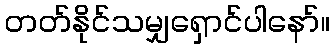
တတ်နိုင်သမျှရှောင်ပါနော်။